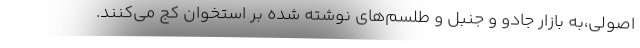
اصولی،به بازار جادو و جنبل و طلسم‌های نوشته شده بر استخوان کج می‌کنند.